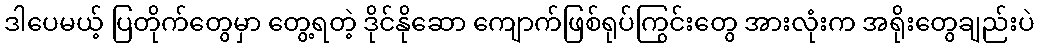
ဒါပေမယ့် ပြတိုက်တွေမှာ တွေ့ရတဲ့ ဒိုင်နိုဆော ကျောက်ဖြစ်ရုပ်ကြွင်းတွေ အားလုံးက အရိုးတွေချည်းပဲ